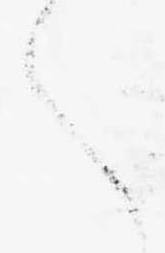
へ